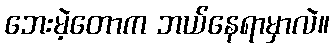
ဘေးမဲ့တောက ဘယ်နေရာမှာလဲ။